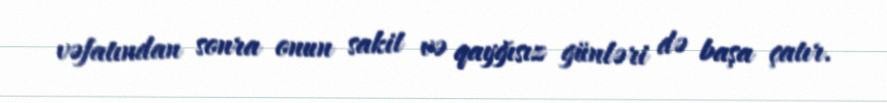
vəfatından sonra onun sakit və qayğısız günləri də başa çatır.